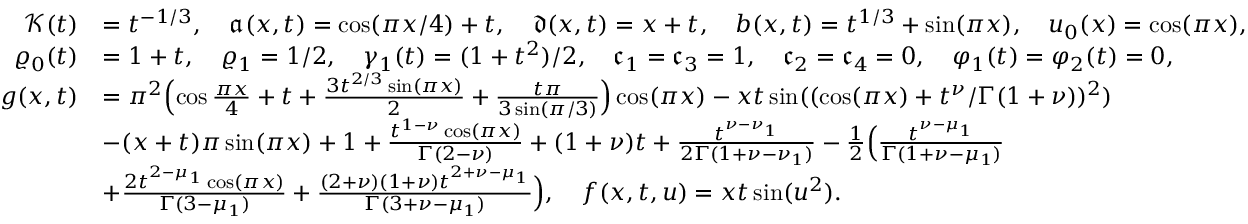
\begin{array} { r l } { \mathcal { K } ( t ) } & { = t ^ { - 1 / 3 } , \quad \mathfrak { a } ( x , t ) = \cos ( \pi x / 4 ) + t , \quad \mathfrak { d } ( x , t ) = x + t , \quad b ( x , t ) = t ^ { 1 / 3 } + \sin ( \pi x ) , \quad u _ { 0 } ( x ) = \cos ( \pi x ) , } \\ { \varrho _ { 0 } ( t ) } & { = 1 + t , \quad \varrho _ { 1 } = 1 / 2 , \quad \gamma _ { 1 } ( t ) = ( 1 + t ^ { 2 } ) / 2 , \quad \mathfrak { c } _ { 1 } = \mathfrak { c } _ { 3 } = 1 , \quad \mathfrak { c } _ { 2 } = \mathfrak { c } _ { 4 } = 0 , \quad \varphi _ { 1 } ( t ) = \varphi _ { 2 } ( t ) = 0 , } \\ { g ( x , t ) } & { = \pi ^ { 2 } \Bigl ( \cos \frac { \pi x } { 4 } + t + \frac { 3 t ^ { 2 / 3 } \sin ( \pi x ) } { 2 } + \frac { t \pi } { 3 \sin ( \pi / 3 ) } \Bigr ) \cos ( \pi x ) - x t \sin ( ( \cos ( \pi x ) + t ^ { \nu } / \Gamma ( 1 + \nu ) ) ^ { 2 } ) } \\ & { - ( x + t ) \pi \sin ( \pi x ) + 1 + \frac { t ^ { 1 - \nu } \cos ( \pi x ) } { \Gamma ( 2 - \nu ) } + ( 1 + \nu ) t + \frac { t ^ { \nu - \nu _ { 1 } } } { 2 \Gamma ( 1 + \nu - \nu _ { 1 } ) } - \frac { 1 } { 2 } \Bigl ( \frac { t ^ { \nu - \mu _ { 1 } } } { \Gamma ( 1 + \nu - \mu _ { 1 } ) } } \\ & { + \frac { 2 t ^ { 2 - \mu _ { 1 } } \cos ( \pi x ) } { \Gamma ( 3 - \mu _ { 1 } ) } + \frac { ( 2 + \nu ) ( 1 + \nu ) t ^ { 2 + \nu - \mu _ { 1 } } } { \Gamma ( 3 + \nu - \mu _ { 1 } ) } \Bigr ) , \quad f ( x , t , u ) = x t \sin ( u ^ { 2 } ) . } \end{array}